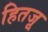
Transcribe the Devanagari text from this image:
हितजू